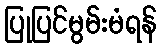
ပြုပြင်မွမ်းမံရန်